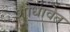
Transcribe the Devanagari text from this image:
शोधावेत